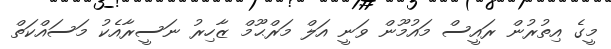
މީގެ އިތުރުން ރައީސް މައުމޫން ވަނީ އަލް މަރްޙޫމް ޒާހިރު ނަސީރާއެކު މަސައްކަތް